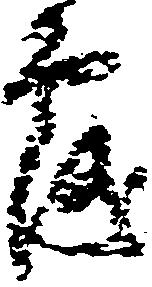
露